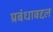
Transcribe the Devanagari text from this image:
प्रबंधाबद्दल